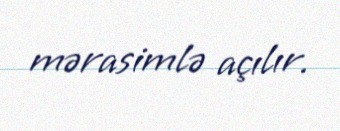
mərasimlə açılır.